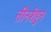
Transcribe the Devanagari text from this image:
तीनशेहुन